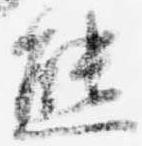
熊